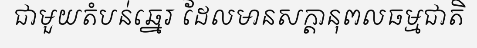
ជាមួយតំបន់ឆ្នេរ ដែលមានសក្តានុពលធម្មជាតិ